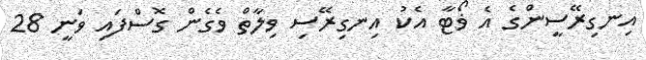
އިނގިރޭސީންގެ އެ ޥޯޓާ އެކު އިނގިރޭސި ވިލާތް ވެގެން ގޮސްފައި ވަނީ 28